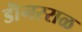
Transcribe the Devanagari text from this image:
डॊंगरराळ